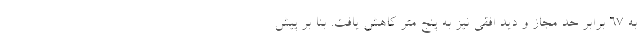
به ۶۷ برابر حد مجاز و دید افقی نیز به پنج متر کاهش یافت. بنا بر پیش